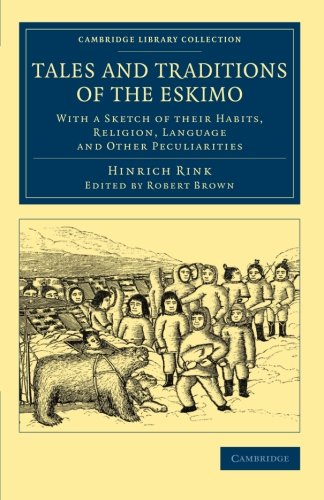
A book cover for Tales and Traditions of the Eskimo: With a Sketch of their Habits, Religion, Language and Other Peculiarities (Cambridge Library Collection - Polar Exploration); Hinrich Rink; History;